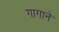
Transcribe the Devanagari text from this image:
गागाने